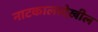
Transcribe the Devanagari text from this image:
नाटकालादेखील